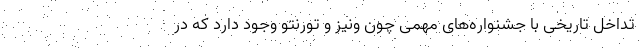
تداخل تاریخی با جشنواره‌های مهمی چون ونیز و تورنتو وجود دارد که در